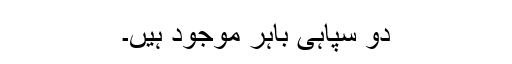
دو سپاہی باہر موجود ہیں۔